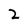
Character: 2